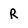
Character: R